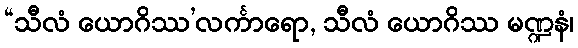
“သီလံ ယောဂိဿ’လင်္ကာရော, သီလံ ယောဂိဿ မဏ္ဍနံ၊